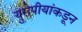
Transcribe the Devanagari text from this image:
युरोपीयांकडून